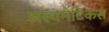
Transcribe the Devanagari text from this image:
अस्थमेटिकस